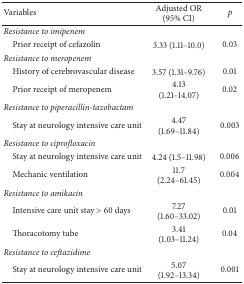
| Variables | Adjusted OR (95% CI) | p |
 | --- | --- | --- |
 | Resistance to imipenem |  |  |
 | Prior receipt of cefazolin | 3.33 (1.11–10.0) | 0.03 |
 | Resistance to meropenem |  |  |
 | History of cerebrovascular disease | 3.57 (1.31–9.76) | 0.01 |
 | Prior receipt of meropenem | 4.13 (1.21–14.07) | 0.02 |
 | Resistance to piperacillin-tazobactam |  |  |
 | Stay at neurology intensive care unit | 4.47 (1.69–11.84) | 0.003 |
 | Resistance to ciprofloxacin |  |  |
 | Stay at neurology intensive care unit | 4.24 (1.5–11.98) | 0.006 |
 | Mechanic ventilation | 11.7 (2.24–61.45) | 0.004 |
 | Resistance to amikacin |  |  |
 | Intensive care unit stay > 60 days | 7.27 (1.60–33.02) | 0.01 |
 | Thoracotomy tube | 3.41 (1.03–11.24) | 0.04 |
 | Resistance to ceftazidime |  |  |
 | Stay at neurology intensive care unit | 5.07 (1.92–13.34) | 0.001 |